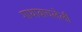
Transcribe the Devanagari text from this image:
गाथावाचलेली